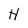
Character: H